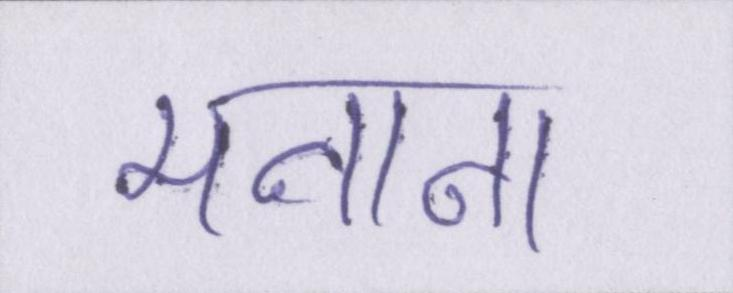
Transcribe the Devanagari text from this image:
मनाना